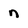
Character: n